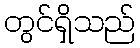
တွင်ရှိသည်